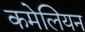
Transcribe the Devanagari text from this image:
कमेलियन